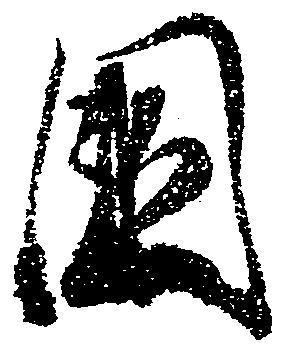
国